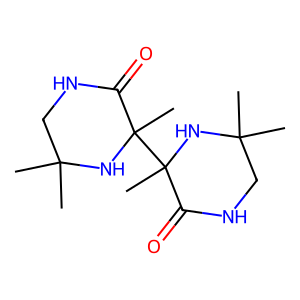
SMILES: CC1(C)CNC(=O)C(C)(C2(C)NC(C)(C)CNC2=O)N1
Inhibits HIV replication: No